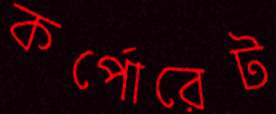
কর্পোরেট